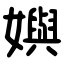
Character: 嬩